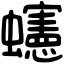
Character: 䘆